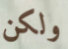
ولكن